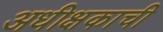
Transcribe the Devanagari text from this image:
अधीक्षकाची